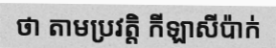
ថា តាមប្រវត្តិ កីឡាសីប៉ាក់